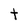
Character: t